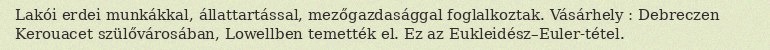
Lakói erdei munkákkal, állattartással, mezőgazdasággal foglalkoztak. Vásárhely : Debreczen Kerouacet szülővárosában, Lowellben temették el. Ez az Eukleidész–Euler-tétel.